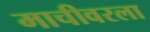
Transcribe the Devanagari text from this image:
माचीवरला